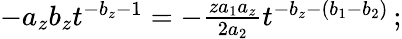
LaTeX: \begin{array}{r}{-a_{z}b_{z}t^{-b_{z}-1}=-\frac{za_{1}a_{z}}{2a_{2}}t^{-b_{z}-(b_{1}-b_{2})}\, ;}\end{array}